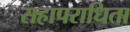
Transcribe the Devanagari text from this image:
सहापराधिता